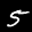
Label: 5